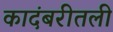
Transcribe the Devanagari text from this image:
कादंबरीतली